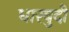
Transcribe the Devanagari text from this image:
धारबुदी